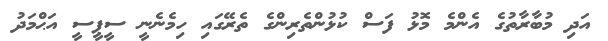
އަދި މުބާރާތުގެ އެންމެ މޮޅު ފަސް ކުޅުންތެރިންގެ ތެރޭގައި ހިމެނެނީ ސީޕީސީ އަޙްމަދު